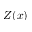
Z ( x )